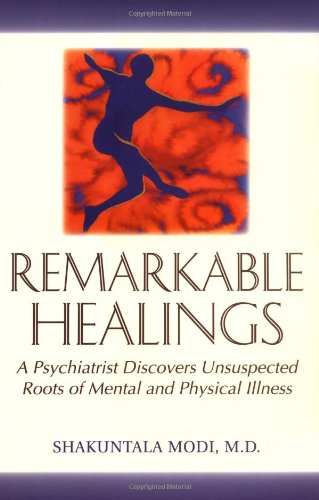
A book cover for Remarkable Healings: A Psychiatrist Discovers Unsuspected Roots of Mental and Physical Illness; Shakuntala Modi; Health, Fitness & Dieting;